Medical and sanitary report of the native army of Bengal for the year
Year: 1876
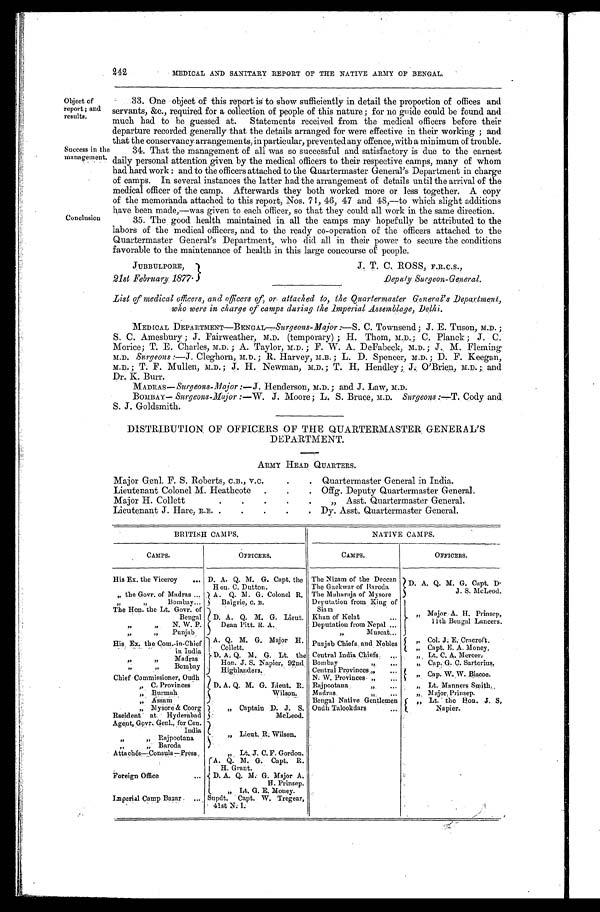
242
MEDICAL AND SANITARY REPORT OF THE NATIVE ARMY OF BENGAL.
Object of
report ; and
results.
Conclusion
Success in tin
management.
33. One object of this report is to show sufficiently in detail the proportion of offices and
servants, &c., required for a collection of people of this nature; for no guide could be found and
much had to be guessed at. Statements received from the medical officers before their
departure recorded generally that the details arranged for were effective in their working ; and
that the conservancy arrangements, in particular, prevented any offence, with a minimum of trouble.
34. That the management of all was so successful and satisfactory is due to the earnest
daily personal attention given by the medical officers to their respective camps, many of whom
had hard work : and to the officers attached to the Quartermaster General's Department in charge
of camps. In several instances the latter had the arrangement of details until the arrival of the
medical officer of the camp. Afterwards they both worked more or less together. A copy
of the memoranda attached to this report, Nos. 71, 46, 47 and 48,—to which slight additions
have been made,—was given to each Officer, so that they could all work in the same direction.
35. The good health maintained in all the camps may hopefully be attributed to the
labors of the medical officers, and to the ready co-operation of the officers attached to the
Quartermaster General's Department, who did all in their power to secure the conditions
favorable to the maintenance of health in this large concourse of people.
JUBBULPORE,
21st February. 1 8 7 7 .
J. T. C. ROSS, F.R.C.S.,
Deputy Surgeon-General.
List of medical officers, and officers of, or. attached to, the Quartermaster General's Department,
who were in charge of camps during. the Imperial Assemblage, Delhi.
MED (CAL DEPARTMENT—BENGAL—Surgeons- Major:—S. C. Townsend; J . E. Tuson, M.D. ;
S. C. Amesbury ; J. Fairweather, M.D. (temporary) ; H. Thom, M.D.; C. Planck ; J. C.
Morice; T. E. Charles, M.D. ; A. Taylor, M.D. ; F. W. A. DeFabeck, M.D. ; J. M. Fleming
M.D. Surgeons ; - J. Cleghorn, M.D. ; R. Harvey, M.B. ; L. D. Spencer, M.D. . D. F. Keegan,
M.D.; T. F. Mullen, M.D. ; J. H. Newman, M.D. ; T. H. Hendley ;
O'Brien, M.D. ; and
Dr. K. Burr.
MADRAS—Surgeons-Major :—J. Henderson, M.D. ; and J. Law, M.D.
BOMBAY— Surgeons-Major :—W. J. Moore; L. S. Bruce, M.D. Surgeons:-
Cody and
S. J. Goldsmith.
DISTRIBUTION OF OFFICERS OF THE QUARTERMASTER GENERAL'S
DEPARTMENT.
ARMY HEAD QUARTERS.
Major Genl. F. S. Roberts, C.B., v.c.
Quartermaster General in India.
Lieutenant Colonel M. Heathcote.
Offg. Deputy Quartermaster General.
Major H. Collett
,,Asst. Quartermaster General.
Lieutenant J. Hare, R.E..
.
Dy. Asst. Quartermaster General.
BRITISH CAMPS.
NATIVE CAMPS.
CAMPS
OFFICERS.
CAMPS.
OFFICERS.
H i s E x t h e V i c e r o y D.A.Q.M.G. Capt. the Hon. c. Dutton. The Nizam of the Deccan
D.A.Q.M.G. Capt. D.J.S. McLeod.
The Gaekwar of Baroda
, , t h e G o v r . o f M a d r a s A.Q.M.G. Colonl R. Baigrie, C.B. The Maharaja of Mysore
Depution from King of Siam
,, Major A.H. Prinsep, 11thBengal Lancers.
, , , , B o m b a y
D.A.Q.M.G. Lieut. Dean Pitt.R.A.
T h e H o n . t h e L t . G o v r . o f B e n g a l
Khan of Kelat
Deputation from Nepal
,, Muscat
, , , , N . W . P .
, , , , P u n j a b
H i s E x . t h e C o m - i n - c h i e f i n I n d i a A.Q.M.G. Major H. Collett.
D.A.Q.M.G. Lt. the Hon. J.S. Napier, 92nd Highlanders.
Punjab Chiefs and Nobles ,, Col. J.E.Cracroft.
Central India Chiefs
,, Capt. E.A. Money.
, , , , M a d r a s
Bombay ,,
, , Lt . G. A Mercer.
, , , , B o m b a y
Central Provi nces , ,
,, Cap. W.W.Biscoe.
N.W.Provinces ,,
C h i e f C o m m i s s i o n e r , O u d h
D.A.Q.M.G. Lieut. R. Wilson.
, , C . P r o v i n c e s
Rajpootana ,,
,, Lt. Manners smith.
, , B u r m a h
Madras ,,
, , M a j o r P r i n s p .
Bengal Native Gentlemen Oudh Talookdars
, , A s s a m
,, Lt. the Hon. J.S, Napier.
, , M y s o r e & C o o r g
R s e i d e n t a t H y d e r a b a d ,, Captain D.J.S. McLeod.
A g e n t , G o v r , G e n l . , f o r C e n
I n d i a . , , L i e u t . R . Wi l s o n .
, , , , R a j p o o t a n a
, , , , B a r o d a
,, Lt. J. C. F. Gordon.
A.Q.M.G. Capt. R.H. Graut.
D.A.Q.M.G. Major A.H.Prinsep.
,, Lt. G.E. Money.
Supdt. Capt. W. Tregear,41st N.I.
A t t a c h e s - C o n s u l s - P r e s s
F o r r i g n O f f i c e
I m p e r i a l C a m p B a z a r